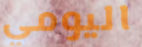
اليومي